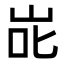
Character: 𭇝